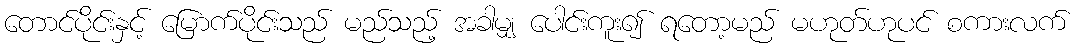
တောင်ပိုင်းနှင့် မြောက်ပိုင်းသည် မည်သည့် အခါမျှ ပေါင်းကူး၍ ရတော့မည် မဟုတ်ဟုပင် စကားလက်